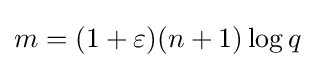
m=(1+\varepsilon )(n+1)\log q